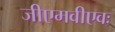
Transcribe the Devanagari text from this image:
जीएमवीएवः